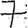
Digit: 7